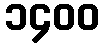
၁၄၀၀